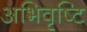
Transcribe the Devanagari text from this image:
अभिवृष्टि